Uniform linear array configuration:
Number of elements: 64
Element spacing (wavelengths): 0.75
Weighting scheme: hann
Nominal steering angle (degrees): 60
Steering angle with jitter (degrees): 61.485
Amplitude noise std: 0.05
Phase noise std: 0.05

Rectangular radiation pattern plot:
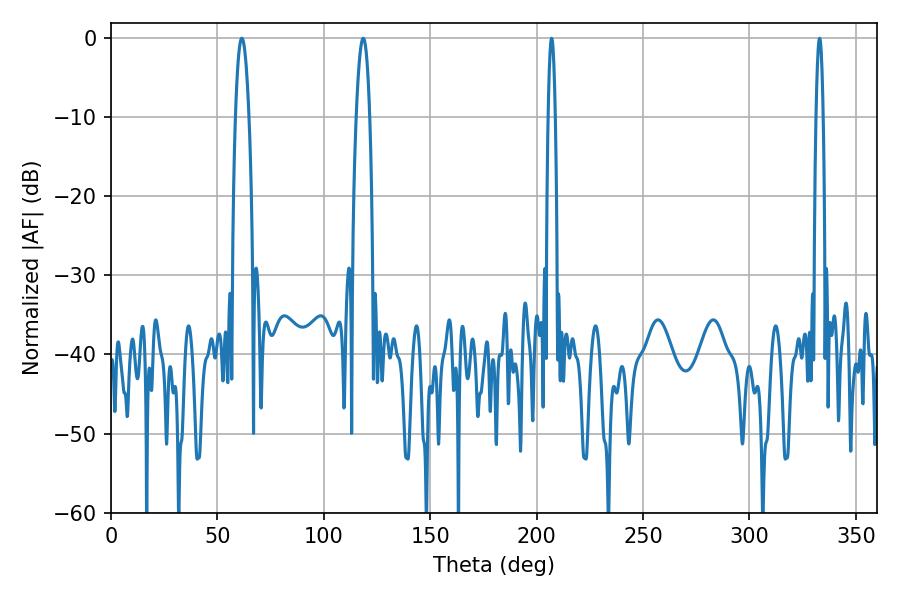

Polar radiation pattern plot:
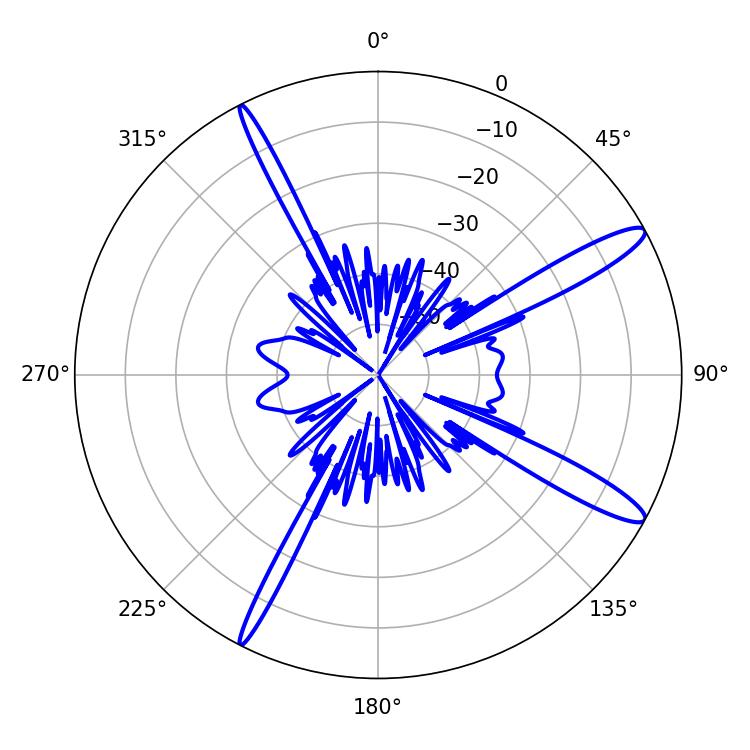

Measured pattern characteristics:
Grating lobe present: TRUE
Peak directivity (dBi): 13.728
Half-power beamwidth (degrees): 3.42
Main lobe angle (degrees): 61.56